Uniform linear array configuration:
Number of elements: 48
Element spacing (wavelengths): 0.75
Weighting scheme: kaiser
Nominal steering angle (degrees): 30
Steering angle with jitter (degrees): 29.837
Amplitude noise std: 0.05
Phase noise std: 0.05

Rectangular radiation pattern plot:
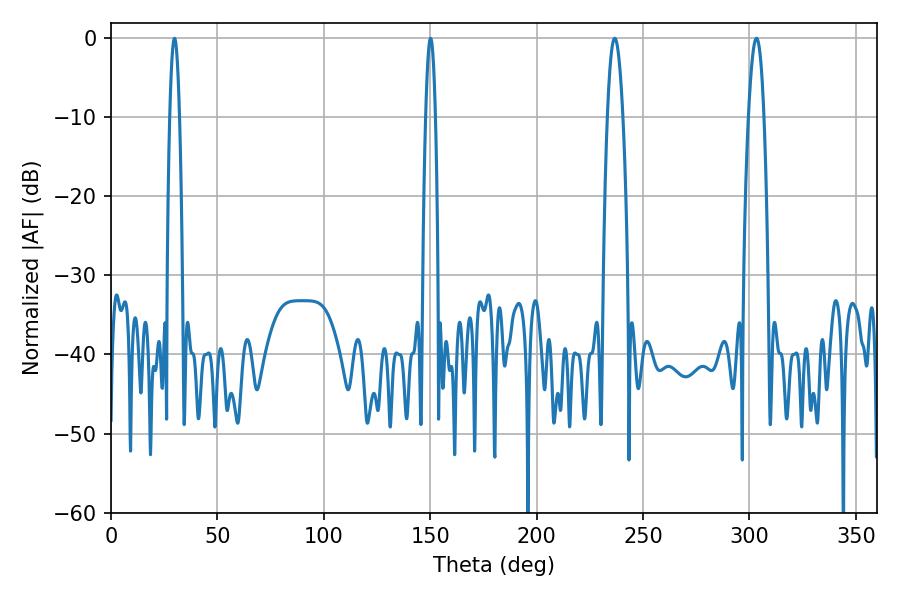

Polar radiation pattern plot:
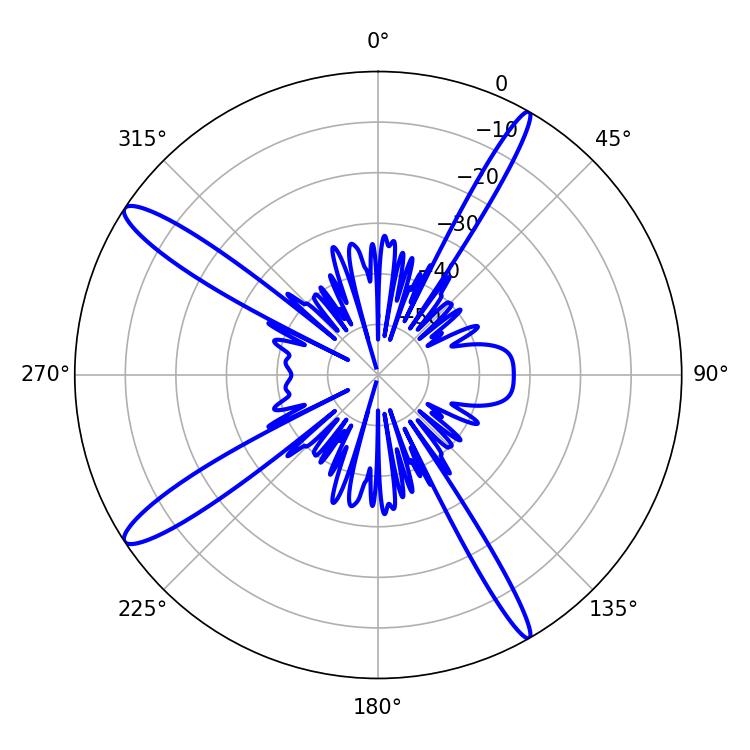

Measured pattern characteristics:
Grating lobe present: TRUE
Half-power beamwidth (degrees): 3.96
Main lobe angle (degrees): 303.3